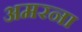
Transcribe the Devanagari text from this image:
अमरना